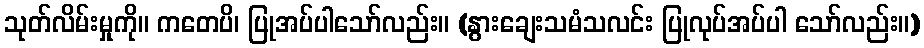
သုတ်လိမ်းမှုကို။ ကတေပိ၊ ပြုအပ်ပါသော်လည်း။ (နွားချေးသမံသလင်း ပြုလုပ်အပ်ပါ သော်လည်း။)